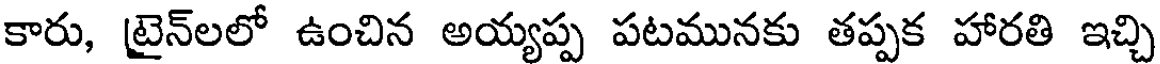
కారు, టైన్లలో ఉంచిన అయ్యప్ప పటమునకు తప్పక హారతి ఇచ్చి